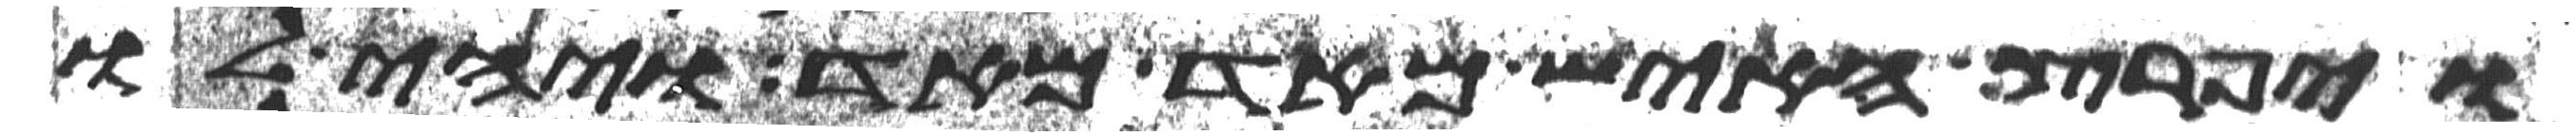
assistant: ויפרץ האיש מאד מאד ויהי לו